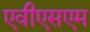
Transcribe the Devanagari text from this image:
एवीएसएम